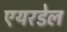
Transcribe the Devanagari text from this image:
एयरडेल